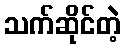
သက်ဆိုင်တဲ့